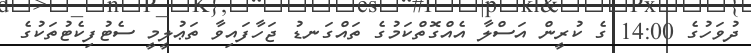
ދުވަހުގެ 14:00 ގެ ކުރީން އަސްލާ އެއްގޮތްކަމުގެ ތައްގަނޑު ޖަހާފައިވާ ތަޢުލީމީ ސެޓުފިކެޓުތަކުގެ